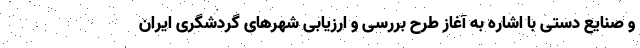
و صنایع دستی با اشاره به آغاز طرح بررسی و ارزیابی شهرهای گردشگری ایران